Report of the Indian Hemp Drugs Commission, 1894-1895 - Volume V
Year: 1894
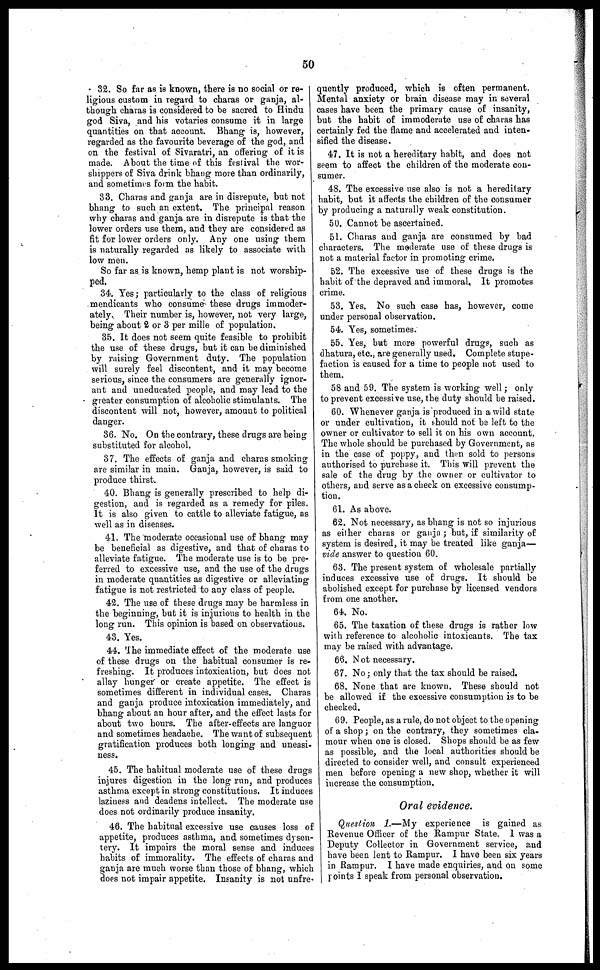
50
32. So far as is known, there is no social or re-
ligious custom in regard to charas or ganja, al-
though charas is considered to be sacred to Hindu
god Siva, and his votaries consume it in large
quantities on that account. Bhang is, however,
regarded as the favourite beverage of the god, and
on the festival of Sivaratri, an offering of it is
made. About the time of this festival the wor-
shippers of Siva drink bhang more than ordinarily,
and sometimes form the habit.
33. Charas and ganja are in disrepute, but not
bhang to such an extent. The principal reason
why charas and ganja are in disrepute is that the
lower orders use them, and they are considered as
fit for lower orders only. Any one using them
is naturally regarded as likely to associate with
low men.
So far as is known, hemp plant is not worship-
ped.
34. Yes ; particularly to the class of religious
mendicants who consume these drugs immoder-
ately. Their number is, however, not very large,
being about 2 or 3 per mille of population.
35. It does not seem quite feasible to prohibit
the use of these drugs, but it can be diminished
by raising Government duty. The population
will surely feel discontent, and it may become
serious, since the consumers are generally ignor-
ant and uneducated people, and may lead to the
greater consumption of alcoholic stimulants. The
discontent will not, however, amount to political
danger.
36. No. On the contrary, these drugs are being
substituted for alcohol.
37. The effects of ganja and charas smoking
are similar in main. Ganja, however, is said to
produce thirst.
40. Bhang is generally prescribed to help di-
gestion, and is regarded as a remedy for piles.
It is also given to cattle to alleviate fatigue, as
well as in diseases.
41. The moderate occasional use of bhang may
be beneficial as digestive, and that of charas to
alleviate fatigue. The moderate use is to be pre-
ferred to excessive use, and the use of the drugs
in moderate quantities as digestive or alleviating
fatigue is not restricted to any class of people.
42. The use of these drugs may be harmless in
the beginning, but it is injurious to health in the
long run. This opinion is based on observations.
43. Yes.
44. The immediate effect of the moderate use
of these drugs on the habitual consumer is re-
freshing. It produces intoxication, but does not
allay hunger or create appetite. The effect is
sometimes different in individual cases. Charas
and ganja produce intoxication immediately, and
bhang about an hour after, and the effect lasts for
about two hours. The after-effects are languor
and sometimes headache. The want of subsequent
gratification produces both longing and uneasi-
ness.
45. The habitual moderate use of these drugs
injures digestion in the long run, and produces
asthma except in strong constitutions. It induces
laziness and deadens intellect. The moderate use
does not ordinarily produce insanity.
46. The habitual excessive use causes loss of
appetite, produces asthma, and sometimes dysen-
tery. It impairs the moral sense and induces
habits of immorality. The effects of charas and
ganja are much worse than those of bhang, which
does not impair appetite. Insanity is not unfre-
quently produced, which is often permanent.
Mental anxiety or brain disease may in several
eases have been the primary cause of insanity,
but the habit of immoderate use of charas has
certainly fed the flame and accelerated and inten-
sified the disease.
47. It is not a hereditary habit, and does not
seem to affect the children of the moderate con-
sumer.
48. The excessive use also is not a hereditary
habit, but it affects the children of the consumer
by producing a naturally weak constitution.
50. Cannot be ascertained.
51. Charas and ganja are consumed by bad
characters. The moderate use of these drugs is
not a material factor in promoting crime.
52. The excessive use of these drugs is the
habit of the depraved and immoral. It promotes
crime.
53. Yes. No such case has, however, come
under personal observation.
54. Yes, sometimes.
55. Yes, but more powerful drugs, such as
dhatura, etc., are generally used. Complete stupe-
faction is caused for a time to people not used to
them.
58 and 59. The system is working well ; only
to prevent excessive use, the duty should be raised.
60. Whenever ganja is produced in a wild state
or under cultivation, it should not be left to the
owner or cultivator to sell it on his own account.
The whole should be purchased by Government, as
in the case of poppy, and then sold to persons
authorised to purchase it. This will prevent the
sale of the drug by the owner or cultivator to
others, and serve as a check on excessive consump-
tion.
61. As above.
62. Not necessary, as bhang is not so injurious
as either charas or ganja ; but, if similarity of
system is desired, it may be treated like ganja—
vide answer to question 60.
63. The present system of wholesale partially
induces excessive use of drugs. It should be
abolished except for purchase by licensed vendors
from one another.
64. No.
65. The taxation of these drugs is rather low
with reference to alcoholic intoxicants. The tax
may be raised with advantage.
66. Not necessary.
67. No ; only that the tax should be raised,
68. None that are known. These should not
be allowed if the excessive consumption is to be
checked.
69. People, as a rule, do not object to the opening
of a shop ; on the contrary, they sometimes cla-
mour when one is closed. Shops should be as few
as possible, and the local authorities should be
directed to consider well, and consult experienced
men before opening a new shop, whether it will
increase the consumption.
Oral evidence.
Question 1.—My experience is gained as
Revenue Officer of the Rampur State. I was a
Deputy Collector in Government service, and
have been lent to Rampur. I have been six years
in Rampur. I have made enquiries, and on some
points I speak from personal observation.